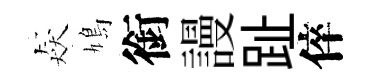
猋鳩銜謾趾倅